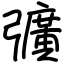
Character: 彍